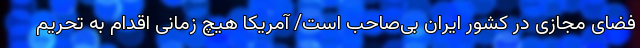
فضای مجازی در کشور ایران بی‌صاحب است/ آمریکا هیچ زمانی اقدام به تحریم